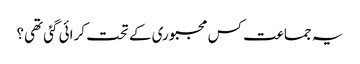
یہ جماعت کس مجبوری کے تحت کرائی گئی تھی؟